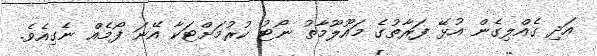
އަދި ގެއްލިގެން އުޅޭ ފަރާތުގެ މައޫލޫމާތު ނޯޓު ކުރުމަށްޓަކާ އޭނަ ފޯމެއް ނެގިއެވެ.